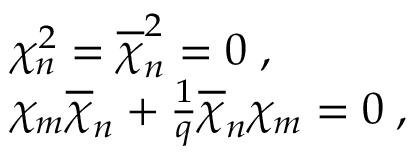
\begin{array} { l } { { \chi _ { n } ^ { 2 } = \overline { { { \chi } } } _ { n } ^ { 2 } = 0 \; , } } \\ { { \chi _ { m } \overline { { { \chi } } } _ { n } + { \frac { 1 } { q } } \overline { { { \chi } } } _ { n } \chi _ { m } = 0 \; , } } \end{array}